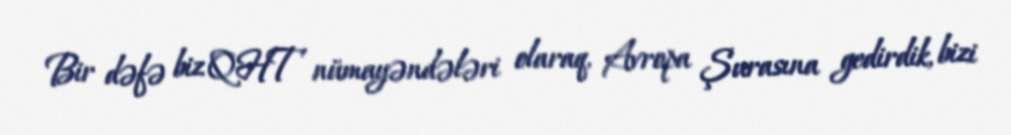
Bir dəfə biz QHT nümayəndələri olaraq, Avropa Şurasına gedirdik, bizi